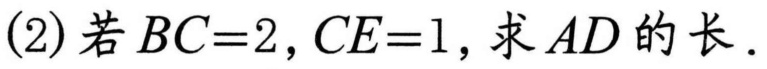
(2) 若$BC = 2,CE = 1$，求$AD$的长．